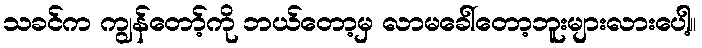
သခင်က ကျွန်တော့်ကို ဘယ်တော့မှ လာမခေါ်တော့ဘူးများလားပေါ့။